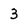
Character: 3